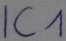
Text: IC1